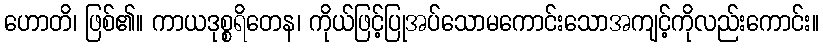
ဟောတိ၊ ဖြစ်၏။ ကာယဒုစ္စရိတေန၊ ကိုယ်ဖြင့်ပြုအပ်သောမကောင်းသောအကျင့်ကိုလည်းကောင်း။